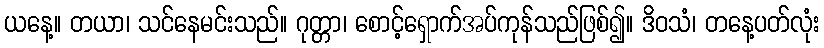
ယနေ့။ တယာ၊ သင်နေမင်းသည်။ ဂုတ္တာ၊ စောင့်ရှောက်အပ်ကုန်သည်ဖြစ်၍။ ဒိဝသံ၊ တနေ့ပတ်လုံး